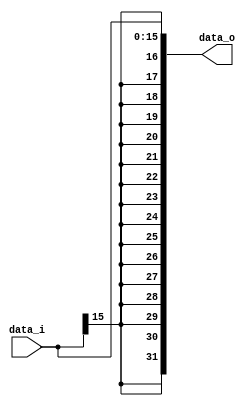
module Sign_Extend // for only R-type & addi
(
   data_i,
   data_o
);


input	[15:0]		data_i;
output 	[31:0]		data_o;


assign data_o = {{16{data_i[15]}}, data_i};

endmodule